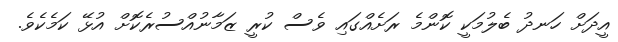
އީދަށް ހަނދު ބެލުމަކީ ކޮންމެ ރަށެއްގައި ވެސް ކުރީ ޒަމާނުއްސުރެކޮށް އުޅޭ ކަމެކެވެ.